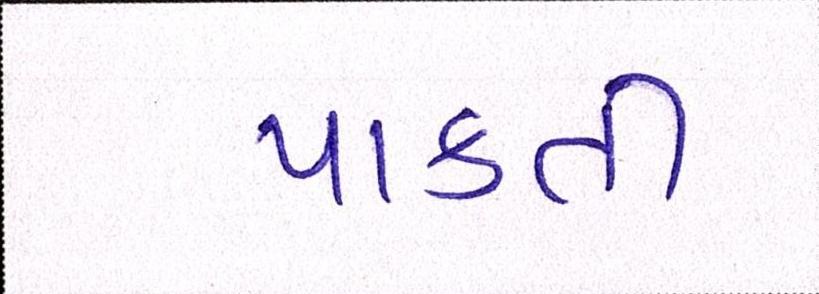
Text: પાકતી